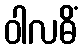
ဝါလဓိံ